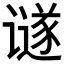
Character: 𲂖